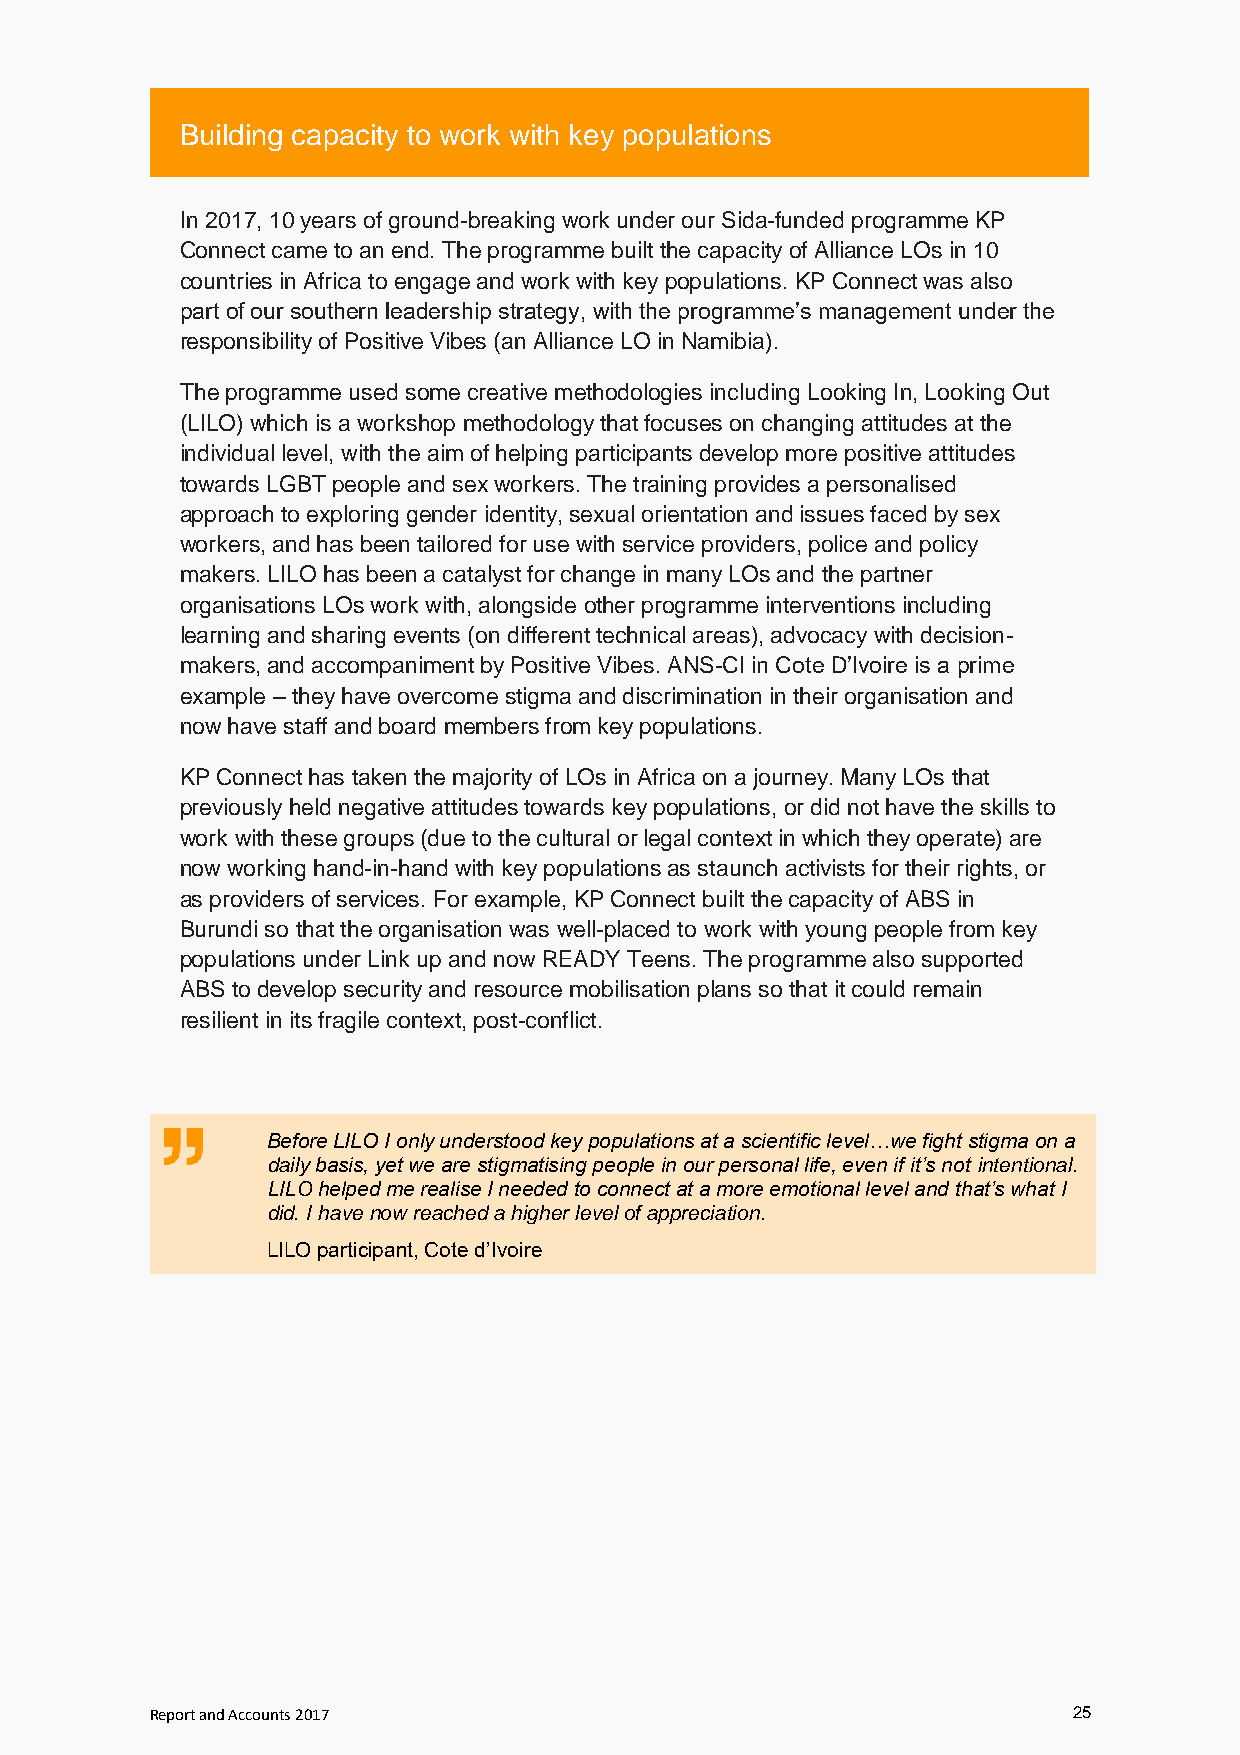
Building capacity to work with key populations
 In 2017, 10 years of ground-breaking work under our Sida-funded programme KP
 Connect came to an end. The programme built the capacity of Alliance LOs in 10
 countries in Africa to engage and work with key populations. KP Connect was also
 part of our southern leadership strategy, with the programme’s management under the
 responsibility of Positive Vibes (an Alliance LO in Namibia).
 The programme used some creative methodologies including Looking In, Looking Out
 (LILO) which is a workshop methodology that focuses on changing attitudes at the
 individual level, with the aim of helping participants develop more positive attitudes
 towards LGBT people and sex workers. The training provides a personalised
 approach to exploring gender identity, sexual orientation and issues faced by sex
 workers, and has been tailored for use with service providers, police and policy
 makers. LILO has been a catalyst for change in many LOs and the partner
 organisations LOs work with, alongside other programme interventions including
 learning and sharing events (on different technical areas), advocacy with decision-
 makers, and accompaniment by Positive Vibes. ANS-CI in Cote D’Ivoire is a prime
 example – they have overcome stigma and discrimination in their organisation and
 now have staff and board members from key populations.
 KP Connect has taken the majority of LOs in Africa on a journey. Many LOs that
 previously held negative attitudes towards key populations, or did not have the skills to
 work with these groups (due to the cultural or legal context in which they operate) are
 now working hand-in-hand with key populations as staunch activists for their rights, or
 as providers of services. For example, KP Connect built the capacity of ABS in
 Burundi so that the organisation was well-placed to work with young people from key
 populations under Link up and now READY Teens. The programme also supported
 ABS to develop security and resource mobilisation plans so that it could remain
 resilient in its fragile context, post-conflict.
 Before LILO I only understood key populations at a scientific level…we fight stigma on a
 daily basis, yet we are stigmatising people in our personal life, even if it’s not intentional.
 LILO helped me realise I needed to connect at a more emotional level and that’s what I
 did. I have now reached a higher level of appreciation.
 LILO participant, Cote d’Ivoire
 Report and Accounts 2017                                     25